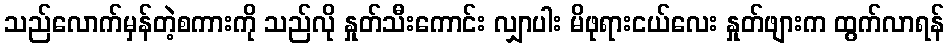
သည်လောက်မှန်တဲ့စကားကို သည်လို နှုတ်သီးကောင်း လျှာပါး မိဖုရားငယ်လေး နှုတ်ဖျားက ထွက်လာရန်